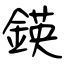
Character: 鍈